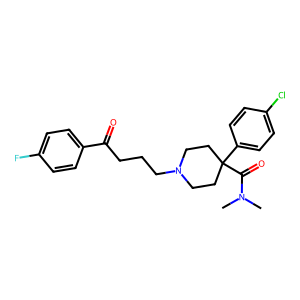
SMILES: CN(C)C(=O)C1(c2ccc(Cl)cc2)CCN(CCCC(=O)c2ccc(F)cc2)CC1
Inhibits HIV replication: No